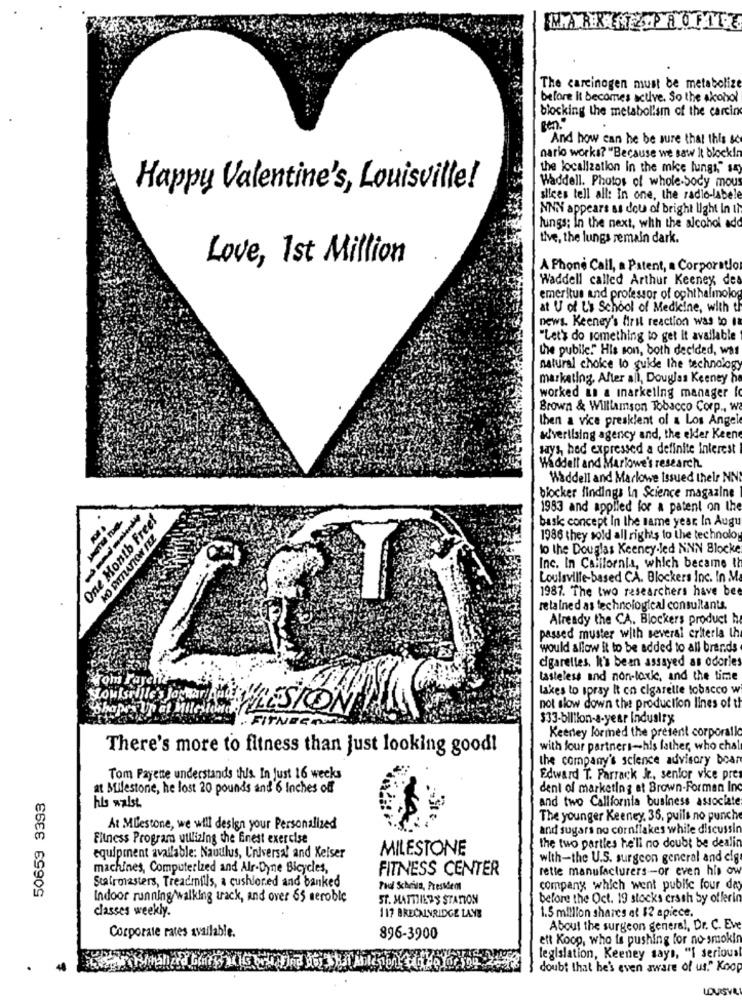
The carcinogen must be metabolize
before it becomes active. So the akonol
blocking the metabolism of the carcin
Ben."
And how can he be sure that this sc
nario works? "Because we saw it block !!
the localization in the mice lungs," say
Happy Valentine's, Louisville!
Waddell. Photos of whole-Socy mous
silces tell all: In one, the radio-labele
NNNY appears as dou of bright light In it
lungs; in the next, with the alcohol add
tive, the lungs remain dark.
Love, 1st Million
A Phone Call, a Patent, a Corporatlo
Waddell called Arthur Keeney des
emeritus and professor of ophthalmolog
at U of L's School of Medicine, with th
news. Keeney's first reaction was to la
"Let's do something to get it available
the public." His son, both decided, was
natural choice to guide the technology
marketing, After all, Douglas Keeney he
worked in a inarkeling manager i
Brown & Williamson Tobacco Corp ., wa
then a vice presklent of a Los Angel
advertising agency and, the elder Keene
says, hed expressed a definite Interest
Waddell and Marlowe's research.
Waddell and Marlowe Issued thelr NN
blocker findings in Science magazine
1983 and applied for a patent on the
One Month Freef
bask concept In the same year. In Augu
1386 they sold all rights to the technolog
to the Douglas Keeney-led NNN Blocke
Inc. In California, which became th
---
Louisville-based CA. Blockers Inc. In M
1987. The two researchers have bee
retained as technological consultants.
Already the CA. Blockers product h
passed muster with several criteria th
would allow it to be added to all brands
cigarettes. It's been assayed as odories
tasteless and non-toxic, and the time
Tom Fayette
lakes to spray It on cigarelle tobacco w
Shapes Up at Milestoneof
not slow down the production lines of th
. FITNEC
$33-billion-a-year Indusirx
Keenley formed the present corporallo
There's more to fitness than just looking good!
with four partners-his father, who chal
the company's science advisory board
Tom Payette understands this. In just 16 weeks
Edward T. Parrack Jr ., senior vice pres
at Bfilestonie, he lost 20 pounds and 6 Inches off
deni of marketing at Brown-Forman Inc
50659 3393
and two California business associate
his waist.
The younger Keeney. 36, puils no punche
At MUestone, we will design your Personalized
and sugars no cornflakes while discussin
Fitness Program utilizing the Enest exercise
the two parties he'll no doubt be dealin
MILESTONE
equipment available: Nauulus, Universal and Keiser
with-the U.S. surgeon general and elg
machines, Computerized and Air-Dyne Bicycles,
FITNESS CENTER
rette manufacturers -or even his ow
Stafroasters, Treadmills, a cushlored and banked
Paul Scheila, Pressem
company which went public four day
Indoor running walking track, and over 65 seroble
ST. MATTIER'S STATION
before the Oct. 19 stocks crash Sy offerin
classes weekly.
117 BRECALYRIDGE LAYE
1.5 million shares et $2 apiece.
Corporate rates available.
About the surgeon general, Dr. C. Eve
896-3900
ett Koop, who is pushing for no-smokin
legislation, Keeney says, "I seriousl
doubt that he's even aware of us." Koop
LOUISVA